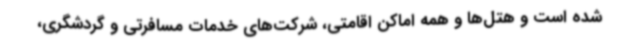
شده است و هتل‌ها و همه اماکن اقامتی، شرکت‌های خدمات مسافرتی و گردشگری،